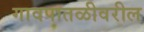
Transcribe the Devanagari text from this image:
गावपातळीवरील